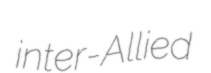
inter-Allied